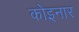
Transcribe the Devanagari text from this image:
कोइनार